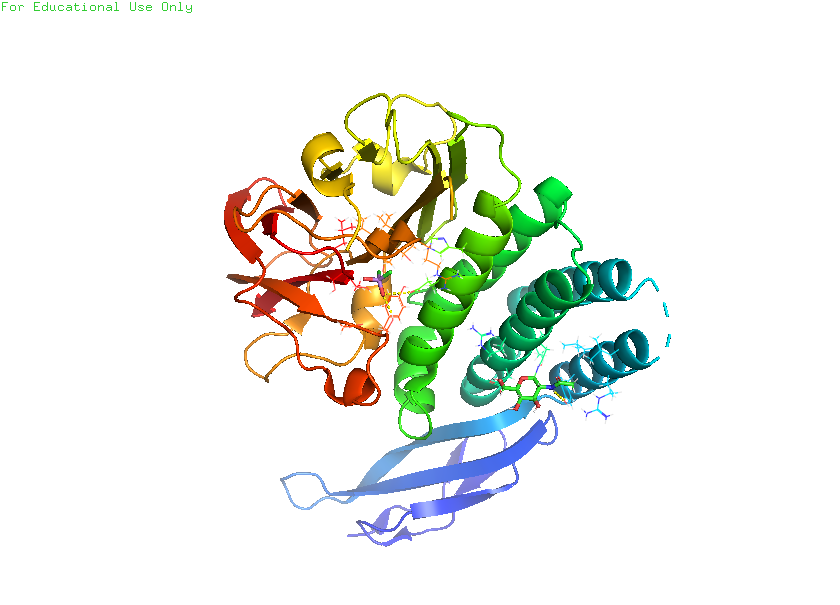
pymol, preset, ligand_cartoon